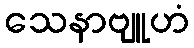
သေနာဗျူဟံ